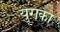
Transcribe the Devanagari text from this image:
युगका